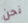
نحن